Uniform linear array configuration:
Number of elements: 4
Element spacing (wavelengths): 0.25
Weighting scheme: kaiser
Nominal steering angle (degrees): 15
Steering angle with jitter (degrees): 14.399
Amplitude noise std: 0.05
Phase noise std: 0.05

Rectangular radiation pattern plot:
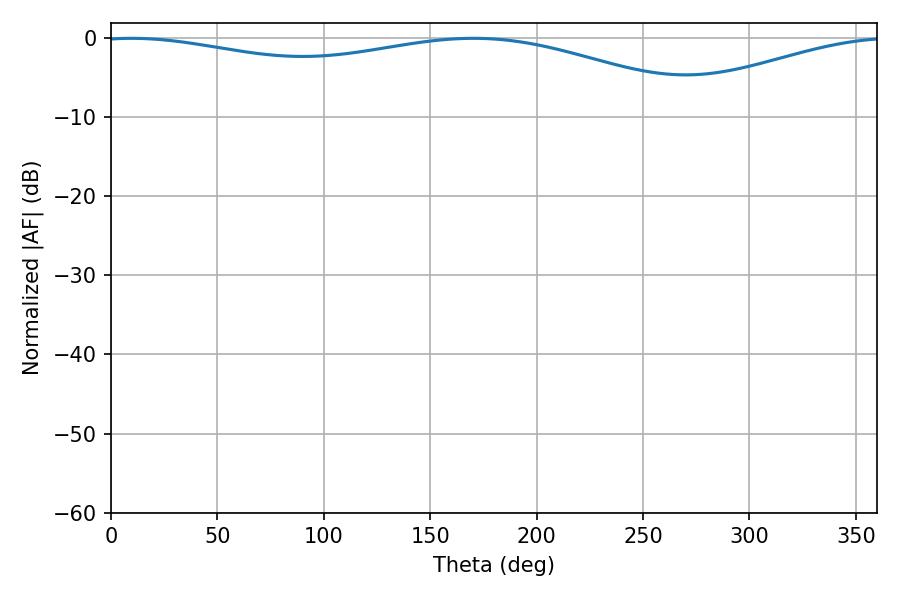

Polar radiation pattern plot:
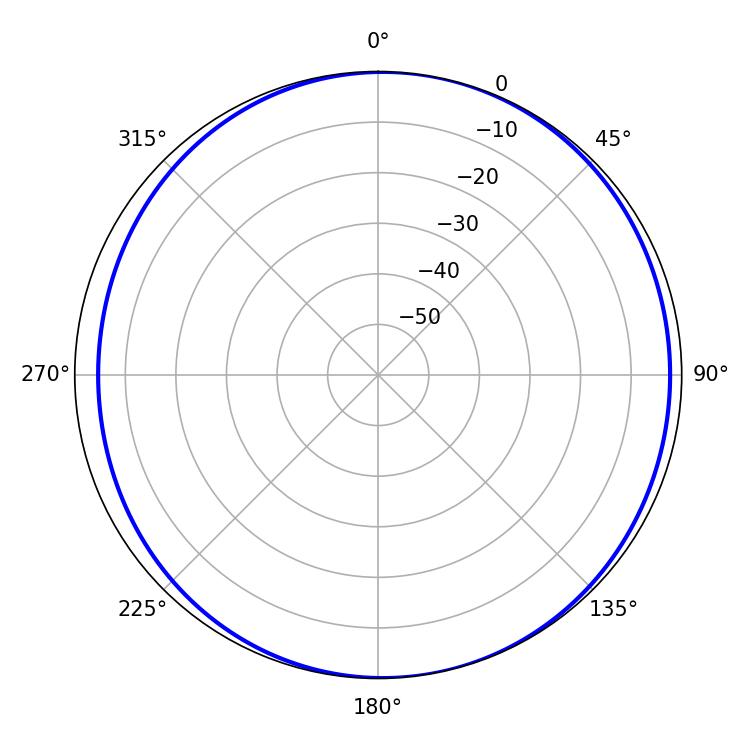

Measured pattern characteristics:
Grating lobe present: FALSE
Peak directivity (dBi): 6.39
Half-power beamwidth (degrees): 232.38
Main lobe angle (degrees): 9.72